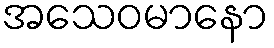
အသေဝမာနော